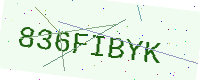
Text: 836FIBYK